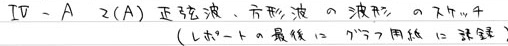
$IV - A\ 2(A)\ 正弦波、方形波の波形、およびチャタリング（しかし最後にデジタル周期の誤差）$